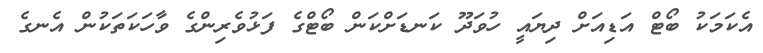
އެކަމަކު ބޯޓް އަޑިއަށް ދިޔައީ ހުވަދޫ ކަނޑަށްކަން ބޯޓްގެ ފަޅުވެރިންގެ ވާހަކަތަކުން އެނގެ